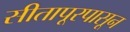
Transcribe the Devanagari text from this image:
सीतापूरपासून